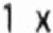
1 X